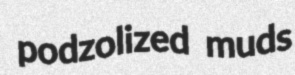
podzolized muds